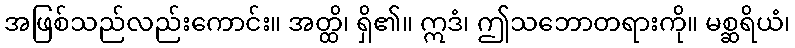
အဖြစ်သည်လည်းကောင်း။ အတ္ထိ၊ ရှိ၏။ ဣဒံ၊ ဤသဘောတရားကို။ မစ္ဆရိယံ၊